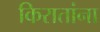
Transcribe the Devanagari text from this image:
किरातांना